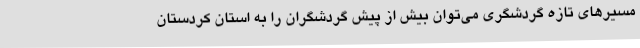
مسیرهای تازه گردشگری می‌توان بیش از پیش گردشگران را به استان کردستان